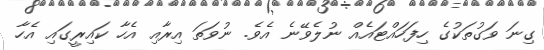
ގިނަ ވަގުތަކުގެ ހިފަހައްޓައެއް ނުލެވޭނެ އެވެ. ނުވަތަ އިރާއި އެހާ ކައިރީގައި އެހާ